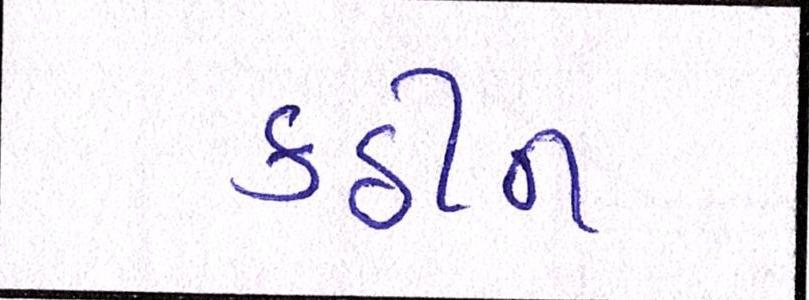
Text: કઠીન